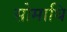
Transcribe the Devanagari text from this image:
सोमाधि